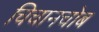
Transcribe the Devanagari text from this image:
चिचानचोब